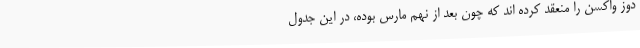
دوز واکسن را منعقد کرده اند که چون بعد از نهم مارس بوده، در این جدول